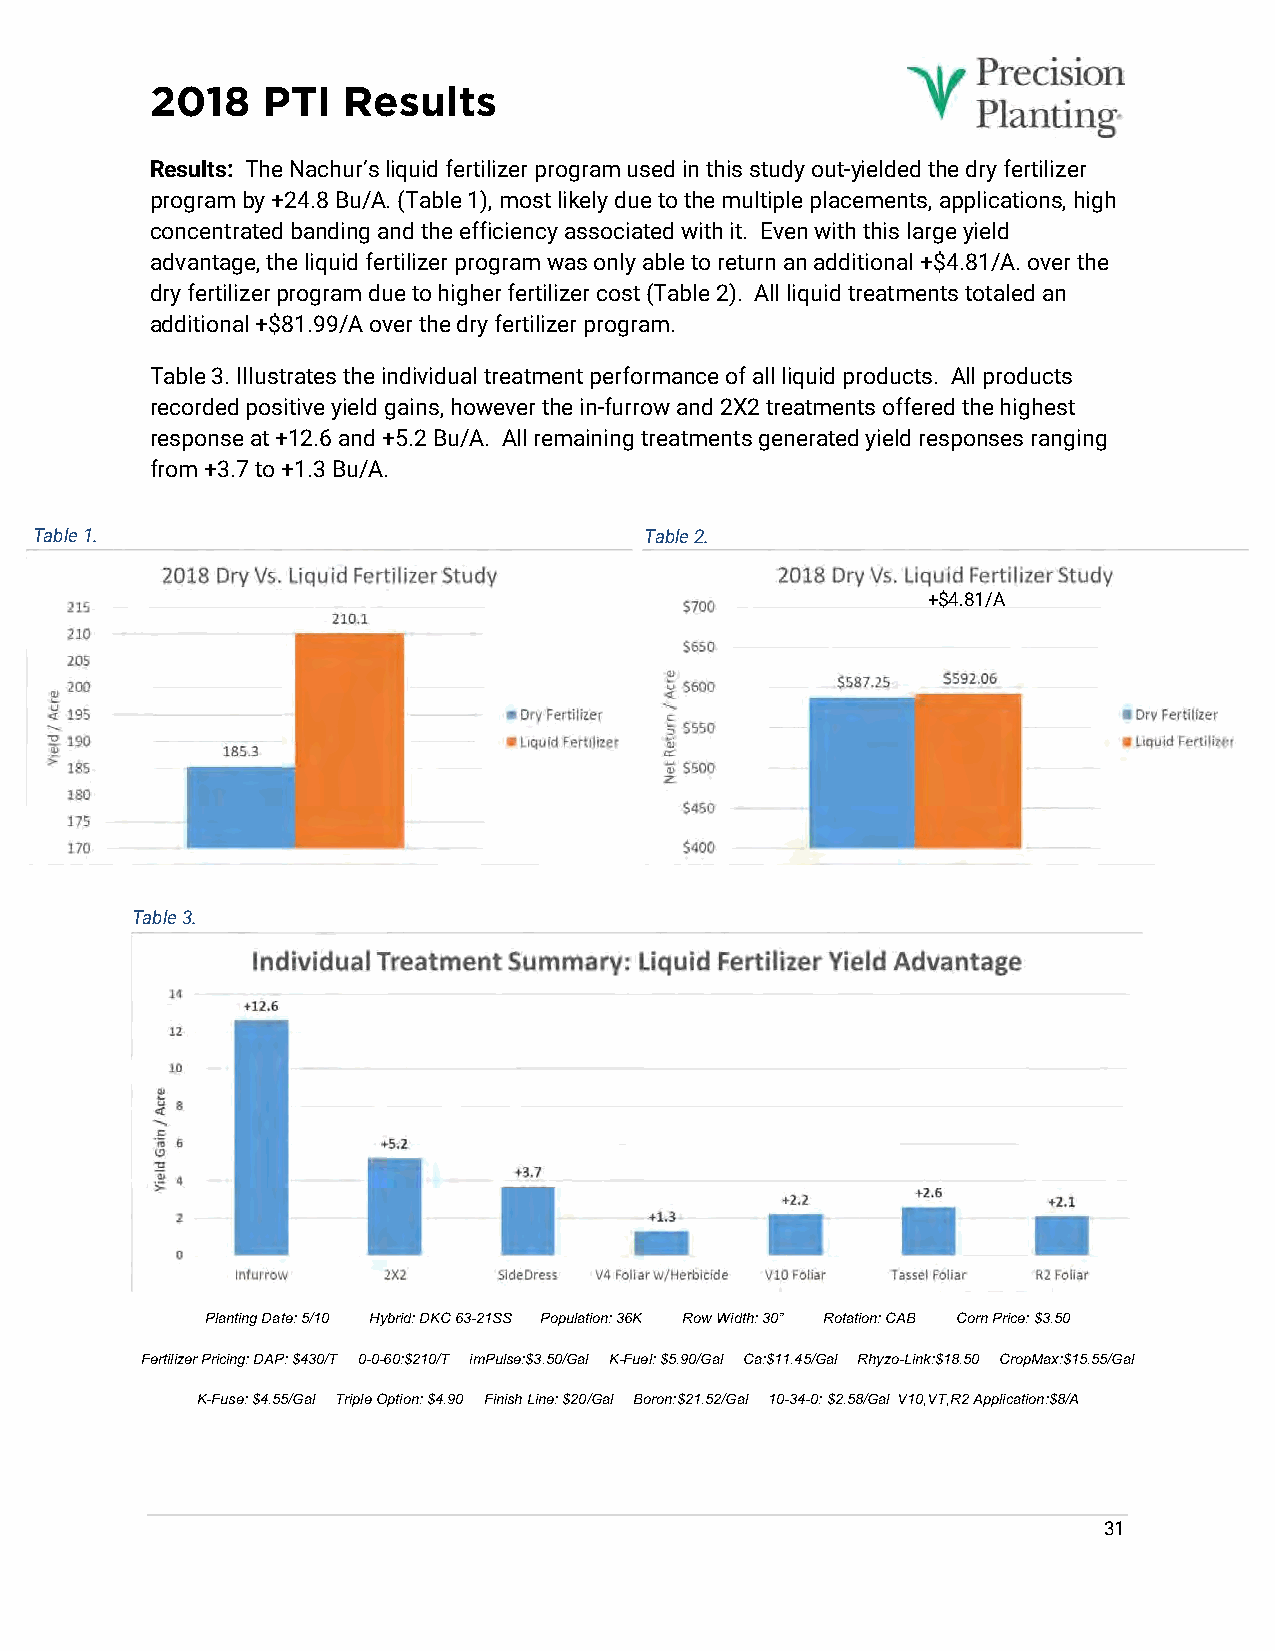
2018   PTI   Results
 Results: The Nachur’s liquid fertilizer program used in this study out-yielded the dry fertilizer
 program by +24.8 Bu/A. (Table 1), most likely due to the multiple placements, applications, high
 concentrated banding and the efficiency associated with it. Even with this large yield
 advantage, the liquid fertilizer program was only able to return an additional +$4.81/A. over the
 dry fertilizer program due to higher fertilizer cost (Table 2). All liquid treatments totaled an
 additional +$81.99/A over the dry fertilizer program.
 Table 3. Illustrates the individual treatment performance of all liquid products. All products
 recorded positive yield gains, however the in-furrow and 2X2 treatments offered the highest
 response at +12.6 and +5.2 Bu/A. All remaining treatments generated yield responses ranging
 from +3.7 to +1.3 Bu/A.
 Table 1.                                 Table 2.
 +$4.81/A
 .
 Table 3.
 +24.8
 Bu/A.
 Planting Date: 5/10 Hybrid: DKC 63-21SS Population: 36K Row Width: 30” Rotation: CAB Corn Price: $3.50
 Fertilizer Pricing: DAP: $430/T 0-0-60:$210/T imPulse:$3.50/Gal K-Fuel: $5.90/Gal Ca:$11.45/Gal Rhyzo-Link:$18.50 CropMax:$15.55/Gal
 K-Fuse: $4.55/Gal Triple Option: $4.90 Finish Line: $20/Gal Boron:$21.52/Gal 10-34-0: $2.58/Gal V10,VT,R2 Application:$8/A
 31